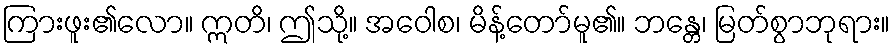
ကြားဖူး၏လော။ ဣတိ၊ ဤသို့။ အဝေါစ၊ မိန့်တော်မူ၏။ ဘန္တေ၊ မြတ်စွာဘုရား။